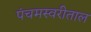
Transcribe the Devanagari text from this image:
पंचमस्वरीताल